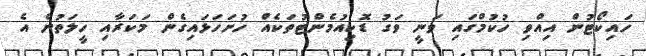
ހައިކޯޓުން އިއްވި ހުކުމްގައި ވަނީ ވަގު ޑޮކިއުމެންޓުތަކެއް ހުށަހަޅައިގެން މަކަރާއި ހީލަތުން އެ